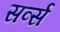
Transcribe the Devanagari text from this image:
सर्व्स